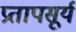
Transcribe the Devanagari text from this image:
प्रतापसूर्य